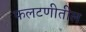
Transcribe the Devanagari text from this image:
फलटणीतील